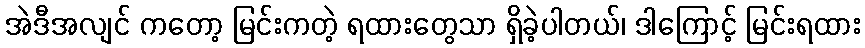
အဲဒီအလျင် ကတော့ မြင်းကတဲ့ ရထားတွေသာ ရှိခဲ့ပါတယ်၊ ဒါကြောင့် မြင်းရထား